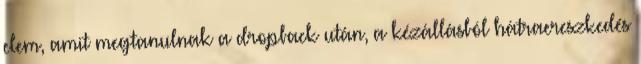
elem, amit megtanulnak a dropback után, a kézállásból hátraereszkedés